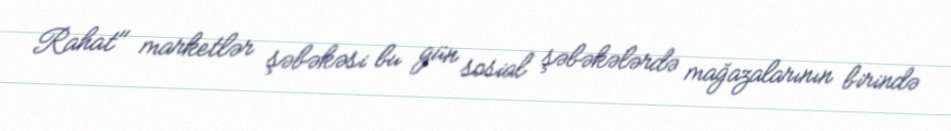
Rahat" marketlər şəbəkəsi bu gün sosial şəbəkələrdə mağazalarının birində